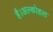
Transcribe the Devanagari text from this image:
है।अल्कोहल